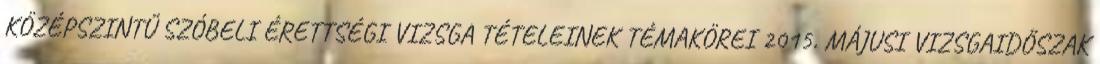
KÖZÉPSZINTŰ SZÓBELI ÉRETTSÉGI VIZSGA TÉTELEINEK TÉMAKÖREI 2015. MÁJUSI VIZSGAIDŐSZAK